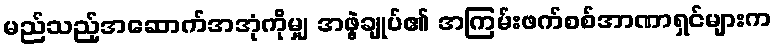
မည်သည့်အဆောက်အအုံကိုမျှ အဖွဲ့ချုပ်၏ အကြမ်းဖက်စစ်အာဏာရှင်များက